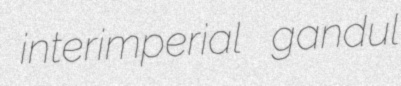
interimperial gandul